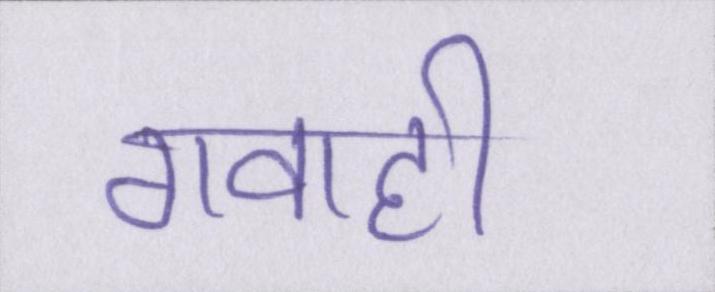
गवाही